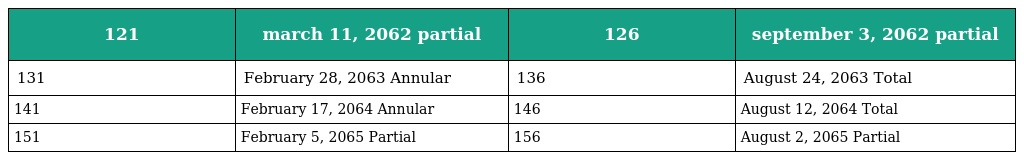
| 121 | march 11, 2062 partial | 126 | september 3, 2062 partial |
 | --- | --- | --- | --- |
 | 131 | February 28, 2063 Annular | 136 | August 24, 2063 Total |
 | 141 | February 17, 2064 Annular | 146 | August 12, 2064 Total |
 | 151 | February 5, 2065 Partial | 156 | August 2, 2065 Partial |